Language: tamil
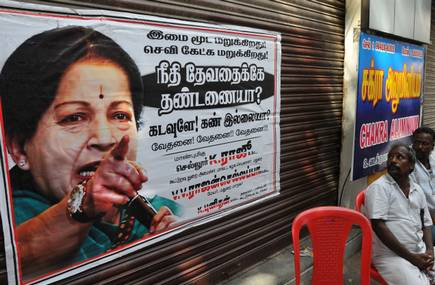
Transcription: மறுக்கிறது இல்லையா மூட செவி மறுக்கிறது தேவதைக்கே கடவுளே கண் வேதனை ணையா தண்ட ராஜன் இமை கேட்க ராஜூ நீதி